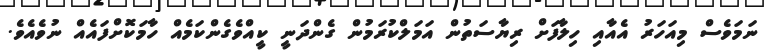
ނަމަވެސް މިއަހަރު އެއާއި ހިލާފަށް ރިޔާސަތުން އަމަލްކުރަމުން ގެންދަނީ ކީއްވެގެންކަމެއް ހާމަކޮށްފައެއް ނުވެއެވެ.